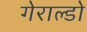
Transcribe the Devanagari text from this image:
गेराल्डो